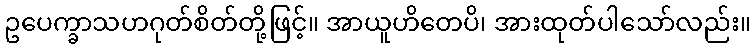
ဥပေက္ခာသဟဂုတ်စိတ်တို့ဖြင့်။ အာယူဟိတေပိ၊ အားထုတ်ပါသော်လည်း။